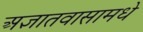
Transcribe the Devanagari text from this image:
अज्ञातवासामधे